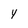
Character: y